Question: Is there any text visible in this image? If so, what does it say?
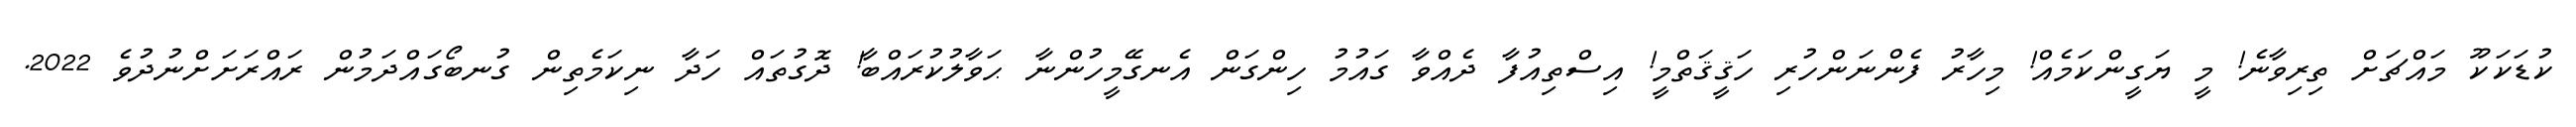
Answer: ކުޑަކަކޫ މައްޗަށް ތިރިވާނެ! މީ ޔަގީންކަމެއް! މިހާރު ފެންނަންހުރި ހަޤީޤަތްމީ! އިސްތިއުފާ ދެއްވާ ގައުމު ހިންގަން އެނގޭމީހުންނާ ޙަވާލުކުރައްބާ! ދޮގުތައް ހަދާ ނިކަމެތިން ގުނބޯގައްދަމުން ރައްރަށަށްނުދުވެ 2022.